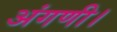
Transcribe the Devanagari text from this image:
अंगणी।